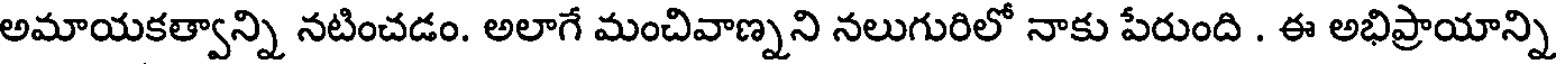
అమాయకత్వాన్ని నటించడం. అలాగే మంచివాణ్నని నలుగురిలో నాకు పేరుంది . ఈ అభిప్రాయాన్ని